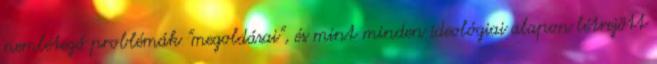
nemlétező problémák "megoldásai", és mint minden ideológiai alapon létrejött